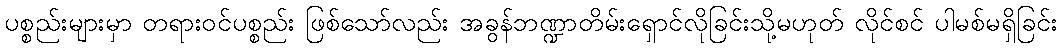
ပစ္စည်းများမှာ တရားဝင်ပစ္စည်း ဖြစ်သော်လည်း အခွန်ဘဏ္ဍာတိမ်းရှောင်လိုခြင်းသို့မဟုတ် လိုင်စင် ပါမစ်မရှိခြင်း